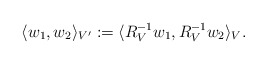
\begin{align*} \langle w_1, w_2\rangle_{V'} := \langle R_V^{-1} w_1, R_V^{-1} w_2\rangle_V.\end{align*}